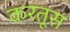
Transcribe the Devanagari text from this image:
करतूस